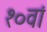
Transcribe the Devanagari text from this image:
१०वां